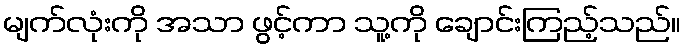
မျက်လုံးကို အသာ ဖွင့်ကာ သူ့ကို ချောင်းကြည့်သည်။